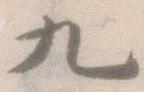
九